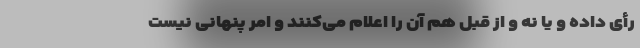
رأی داده و یا نه و از قبل هم آن را اعلام می‌کنند و امر پنهانی نیست